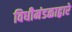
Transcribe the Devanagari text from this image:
विधीमंडळाद्वारे